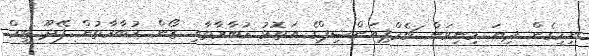
ނިމިގެން ދިޔަ މިނިވަން ޗެމްޕިއަންޝިޕްގެ އަތޮޅު މުބާރާތާއި ޒޯން މުބާރާތުން ފޭދޫ ޓީމް